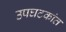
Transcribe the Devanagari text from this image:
उपघटकांत